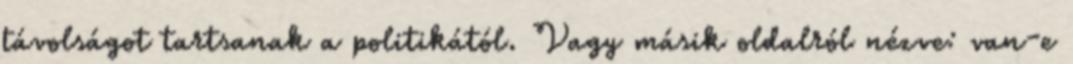
távolságot tartsanak a politikától. Vagy másik oldalról nézve: van-e